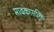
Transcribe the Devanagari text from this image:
मादकासक्ति